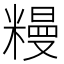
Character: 䊡